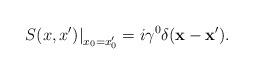
LaTeX: \begin{align*}\left. S(x,x')\right |_{x_0=x'_0}=i\gamma^0 \delta({\bf x}-{\bf x}').\end{align*}